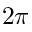
2 \pi